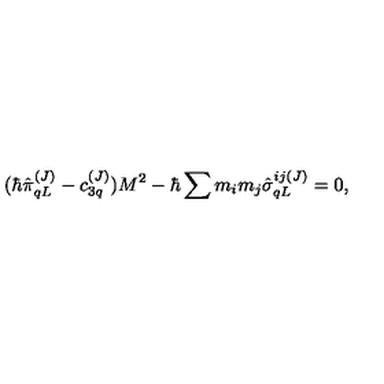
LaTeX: ( \hbar \hat { \pi } _ { q L } ^ { ( J ) } - c _ { 3 q } ^ { ( J ) } ) M ^ { 2 } - \hbar \sum m _ { i } m _ { j } \hat { \sigma } _ { q L } ^ { i j ( J ) } = 0 ,